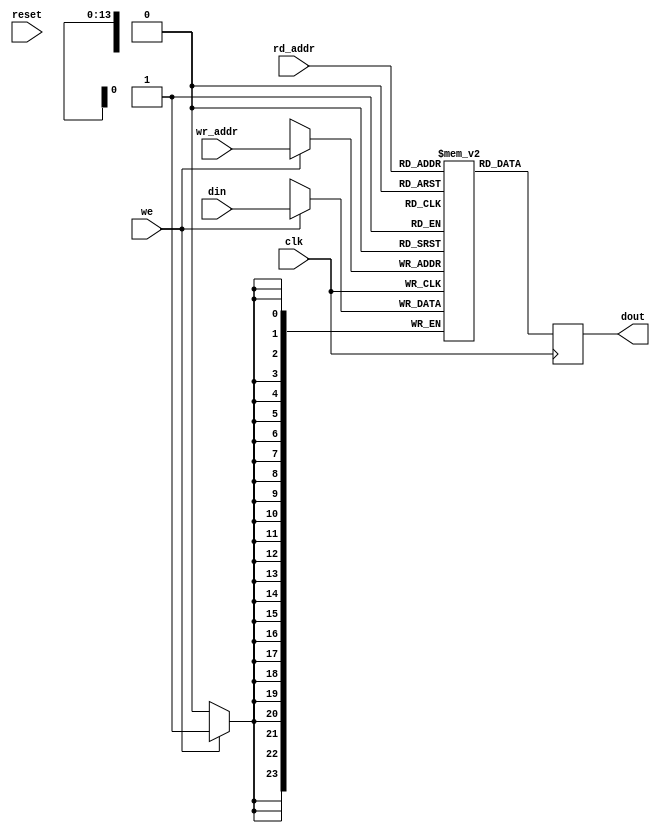
    // Dual-Port Memory Module Definition
    module dual_port_mem #(
        parameter DATA_WIDTH = 24  // Number of BRAM blocks (lines)
    )(
        input clk,
        input reset,
        input we,
        input [13:0] wr_addr,
        input [DATA_WIDTH-1:0] din,
        input [13:0] rd_addr,
        output reg [DATA_WIDTH-1:0] dout
    );
        reg [DATA_WIDTH-1:0] mem [0:16383];  // Memory array for 16K depth
        
        always @(posedge clk) begin
            if (we) begin
                mem[wr_addr] <= din;
            end
            dout <= mem[rd_addr];
        end
    endmodule